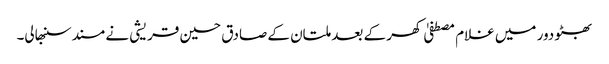
بھٹو دور میں غلام مصطفیٰ کھر کے بعد ملتان کے صادق حسین قریشی نے مسند سنبھالی۔